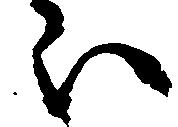
ほ